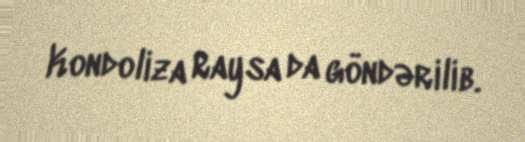
Kondoliza Raysa da göndərilib.